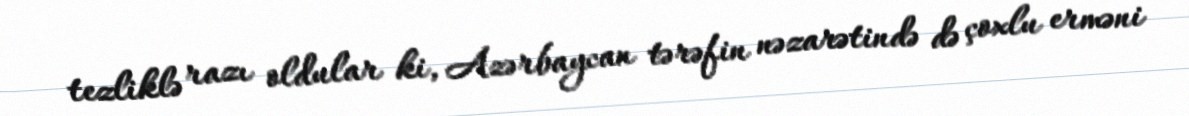
tezliklə razı oldular ki, Azərbaycan tərəfin nəzarətində də çoxlu erməni